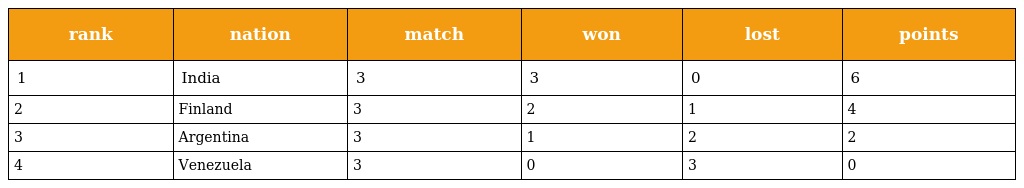
| rank | nation | match | won | lost | points |
 | --- | --- | --- | --- | --- | --- |
 | 1 | India | 3 | 3 | 0 | 6 |
 | 2 | Finland | 3 | 2 | 1 | 4 |
 | 3 | Argentina | 3 | 1 | 2 | 2 |
 | 4 | Venezuela | 3 | 0 | 3 | 0 |